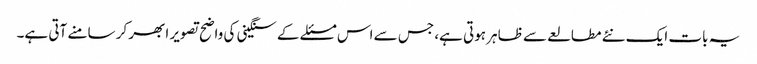
یہ بات ایک نئے مطالعے سے ظاہر ہوتی ہے، جس سے اس مسئلے کے سنگینی کی واضح تصویر ابھر کر سامنے آتی ہے۔